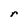
Character: r